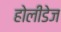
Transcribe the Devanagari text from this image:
होलीडेज